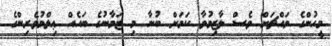
މީހުންގެ މައްޗަށް ވެސް ލާޒިމުވާ ކަމަށް ބުނާ މި ޒަމާނުގެ ބައެއް ޢިލްމުވެރިންގެ